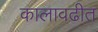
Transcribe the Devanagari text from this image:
कालावढीत